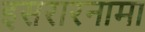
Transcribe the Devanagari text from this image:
इसरारनामा